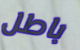
باطل